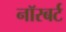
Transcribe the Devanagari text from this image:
नॉरबर्ट